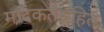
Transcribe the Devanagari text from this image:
मादकतेसहित